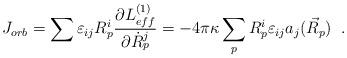
LaTeX: \begin{align*} J_{orb}=\sum\varepsilon_{ij}R^{i}_{p} \frac{\partial L^{(1)}_{eff}}{\partial \dot{R}^{j}_{p}}= -4\pi\kappa\sum_{p}R^{i}_{p}\varepsilon_{ij}a_{j}(\vec{R}_{p}) \;\;.\end{align*}